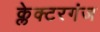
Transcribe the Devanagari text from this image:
क्लेक्टरगंज